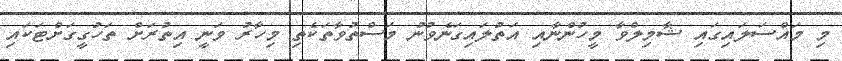
މި މައްސަލައިގައި ޝާމިލްވާ މީހުންނާއި އަތުލައިގަނެވުނު މަސްތުވާތަކެތި މިހާރު ވަނީ އިތުރަށް ތަހުގީގަށްޓަކައި